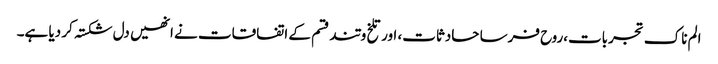
الم ناک تجربات،روح فرسا حادثات، اور تلخ و تند قسم کے اتفاقات نے انھیں دل شکستہ کر دیا ہے۔